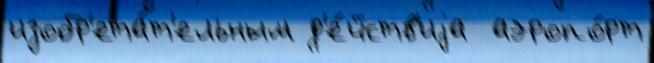
изобр'ета́т'ельным д'е́йств'иjа  аэропо́рт